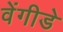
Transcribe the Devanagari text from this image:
वेंगीडे